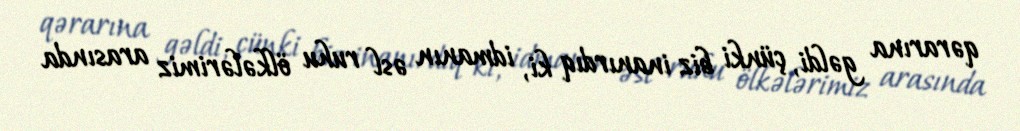
qərarına gəldi, çünki biz inanırdıq ki, idmanın əsl ruhu ölkələrimiz arasında